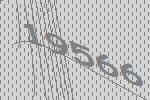
19566